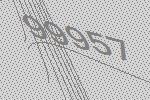
99957